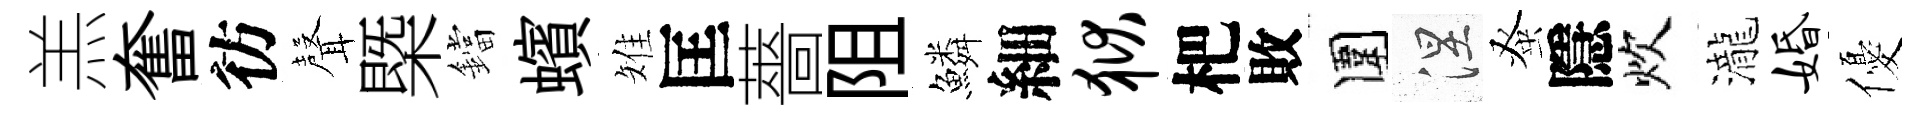
羔奮彷𮋻槩鐺蠙雉匡薔阻鱗細狱杷敗圍涅𫊫隱炊瀧婚優